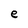
Character: e